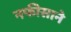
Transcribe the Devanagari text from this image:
नफीसाने